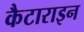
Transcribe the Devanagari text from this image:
कैटाराइन